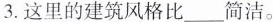
3.这里的建筑风格比___简洁。